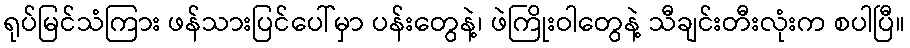
ရုပ်မြင်သံကြား ဖန်သားပြင်ပေါ်မှာ ပန်းတွေနဲ့၊ ဖဲကြိုးဝါတွေနဲ့ သီချင်းတီးလုံးက စပါပြီ။